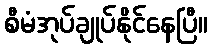
စီမံအုပ်ချုပ်နိုင်နေပြီ။